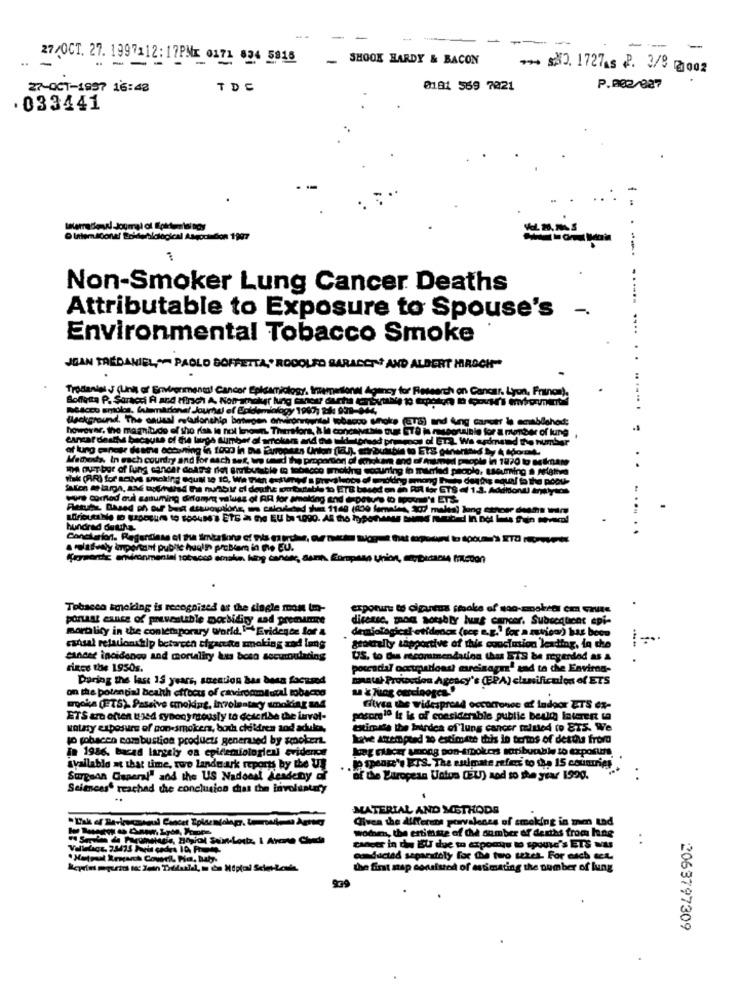
-.
---
---
-
- SHOOK HARDY & BACON
E7,OCT. 27. 19912:17PMx 0472 494 5918
*** ** 2. 1727As P. 3/9 2002
27-OCT-1997 16:42
TDC
0181 569 7021
P.002/887
. 033441
# 1997
---
Non-Smoker Lung Cancer Deaths
-..
Attributable to Exposure to Spouse's
-
Environmental Tobacco Smoke
JEAN TRÉDANIEL" PAOLO BOFFETTA ,* RODOLFO SARACON' AND ALBERT MAOCH"
Tradaniel J (units of Environmental Cancer Epidemiology. International Agency for Research on Cancer. Lyon, France).
anal Journal of Epidemiology 1960, 2l 009-044
...... .
however, the magnitude of the risk le not known. Therefore, & le concapable tu
sponsible for a member of lung
canzat deaths because of the large sumbet al smokers and die wld torssd promos ol ET Wa erdmand the number
Meowds, In sach courdry and for each sex, wo weed the proportori di emokar and of Auuned people in 1870 to Betan
med people in 1870 to sedan
m Out ber of lung cancer doaté det arvibussble m tobacco poking eocuring io married people, touring a seletiva
thk (RR) for active smoking SOUM 10 10, Wa TE
ARETS<13. Adioweys
ewe comod cul saduming difonyen valusz of AP for holding and -potvrs D tpouml's ET&
....
hundrad detths
artfully inportant pubile huelin problem in the EU.
Keysonic andronmental tobacco amake, king cancer, Samt, Eompaso Union, anybadante friedon
Tobacco smoking is recognized as the diagle mon to-
portas eance of preventable morbidiry sad premure
diverse. mod actshty lung cancer. Subsequent epi-
morality in the contemporary World, I= Evidence for 4
cansal relationship betareth cigarette smoking and lung
geoxrally tapportive of this conclusion leading, in the
sander incidenes and mortaliry kus beso accumulating
US. to Des recommendation thus ETS be regendod &S &
rines the 1950s.
poucadal occupationdi msreinagraf and to the Environ-
During the last 15 years, suection has been focused
maatal Prowedon Agency's (PA) clanificulon of ETS
on the potential health etfocus of cancrommmtutal tobacco
woka (ETS). Passive cmolding, involuntary smoking and
Gives the widespread occurrence of indoor ETS ex-
ETS are often (Jed synony rously to describe the invol-
pocore1ª it is of considerable public best interest to
wataty exposure of non-smokers, both children and adults,
estimate the birdea of lung cancer taltted to ET5. We
to gohacen combustion products generused by smokert.
Wwwve attempted to estimate this in terms of deaths from
In 1986, bacad largely oa epidemiologien evidenci
available at that time, two landmark reports by the Us
.Jo Speor't ETS. The sulmate refer to the 15 countries
Surgeon General" and the US Nadoost Academy of
of the Baropean Untos (EU) and so the year 1920.
Sciences reached the conclusion chiat the involuntary
MATERIAL AND METHODS
Given the Alitetens porvalenss of smoking in men tad
wohn, the estimate of the sumber of deaths from hong
. .
cancer in die EU due to exports to spouse's ETS was
os ducted separately for the two tetes. For each set
the first nap consisted of estimating the number of lung
939
2063797309